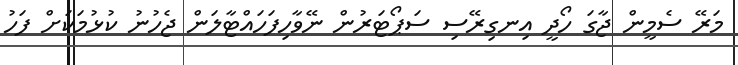
މަރޭ ސެމީން ޖާގަ ހޯދީ އިނގިރޭސި ސަޕޯޓަރުން ނޭވާހިފަހައްޓާލަން ޖެހުނު ކުޅުމަކަށް ފަހު